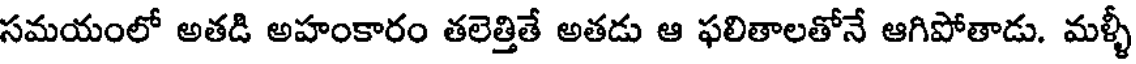
సమయంలో అతడి అహంకారం తలెత్తితే అతడు ఆ ఫలితాలతోనే ఆగిపోతాడు. మళ్ళీ